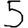
Digit: 5